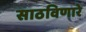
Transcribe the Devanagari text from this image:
साठविणारे